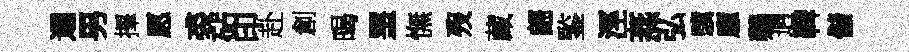
逥男擇愿裘砧印赴創暍罣憮歿藏翩鍳涇燕弘驥廱鷄逈鞞儲